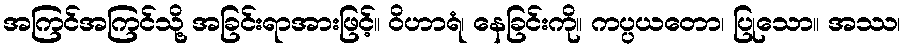
အကြင်အကြင်သို့ အခြင်းရာအားဖြင့်။ ဝိဟာရံ၊ နေခြင်းကို။ ကပ္ပယတော၊ ပြုသော။ အဿ၊